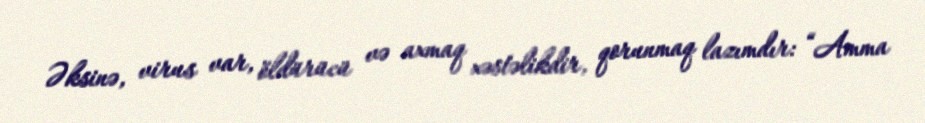
Əksinə, virus var, öldürücü və axmaq xəstəlikdir, qorunmaq lazımdır: “Amma